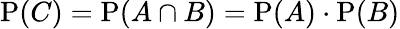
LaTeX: \operatorname{P}(C)=\operatorname{P}(A\cap B)=\operatorname{P}(A)\cdot\operatorname{P}(B)